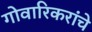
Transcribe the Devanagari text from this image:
गोवारिकरांचे